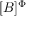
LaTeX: \ [ B ] ^ { \Phi }